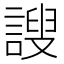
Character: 謏